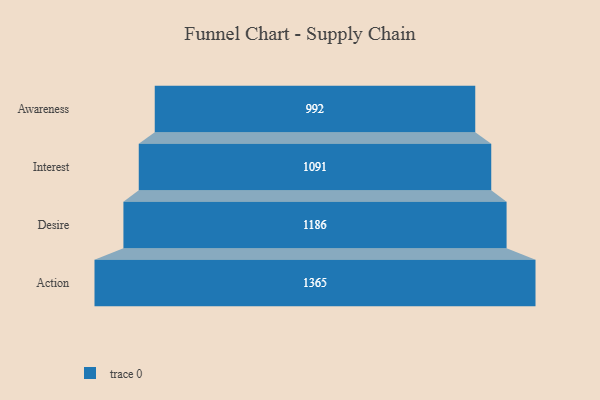
{"axis": {"x": "Stage", "y": "Value"}, "legend": [""], "data": [{"x": "Awareness", "y": 992.0, "type": ""}, {"x": "Interest", "y": 1091.0, "type": ""}, {"x": "Desire", "y": 1186.0, "type": ""}, {"x": "Action", "y": 1365.0, "type": ""}]}